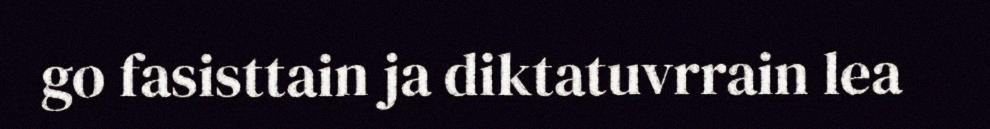
go fasisttain ja diktatuvrrain lea